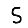
Digit: 5